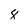
Character: 8